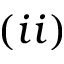
( i i )